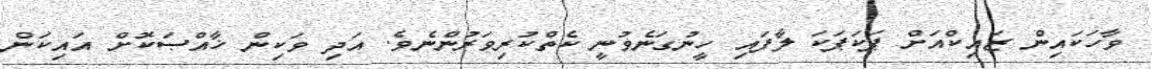
ވާހަކައިން ޒައިކްއަށް ޕަކަޕަކަ ލާފައި ހީނުގަނެވުނީ ކެތްކުރިވަރުންނެވެ. އަދި ވަކިން ޚާއްޞަކޮށް އައިކަން